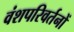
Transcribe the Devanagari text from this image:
वंशपरिवर्तनों